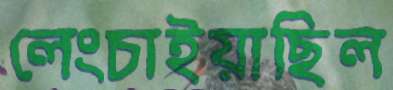
লেংচাইয়াছিল